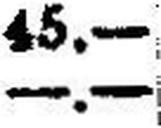
—.—